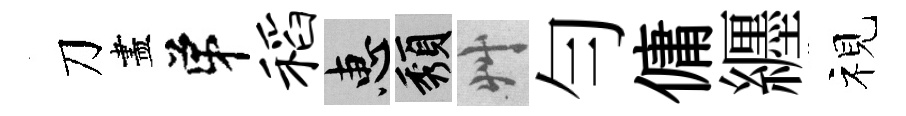
刀盡弟稻惠頽艸勻傭纒视